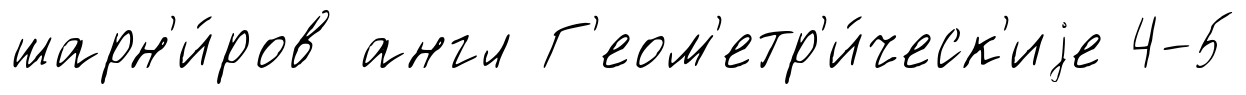
шарн'и́ров англ Г'еом'етр'и́ческ'иjе 4-5